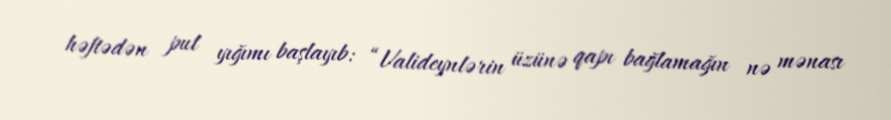
həftədən pul yığımı başlayıb: “Valideynlərin üzünə qapı bağlamağın nə mənası